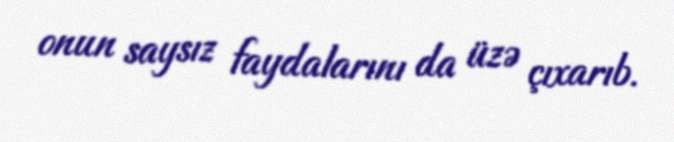
onun saysız faydalarını da üzə çıxarıb.